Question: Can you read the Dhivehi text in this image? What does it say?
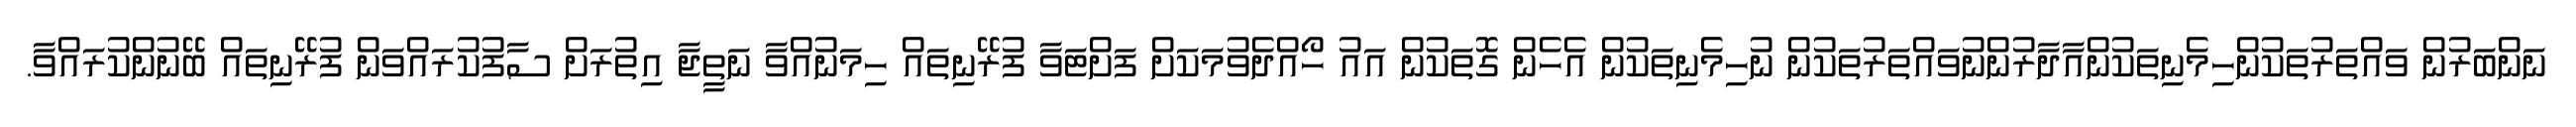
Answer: ނަންބަރުން ވައްތަރުތަކުންހިމެނިތަކުންއާދާރުންނުވައްތަރުތަކުން ނުހިމެނިތަކުން އެހެން ގޮތަކުން އައު ހޯއްދެވުމަކަށް ފަށްޓަވާ ފުރޭނިތައް ހިމަނުއްވާ ނަތީޖާ އިތުރަށް ސާފުކުރައްވަން ފުރޭނިތައް ބޭނުންކުރައްވާ.